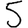
Digit: 5